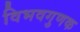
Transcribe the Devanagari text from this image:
विभवगुणक